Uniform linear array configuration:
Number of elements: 48
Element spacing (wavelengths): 0.5
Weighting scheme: uniform
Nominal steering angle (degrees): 15
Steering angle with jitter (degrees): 14.367
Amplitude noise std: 0.05
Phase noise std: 0.05

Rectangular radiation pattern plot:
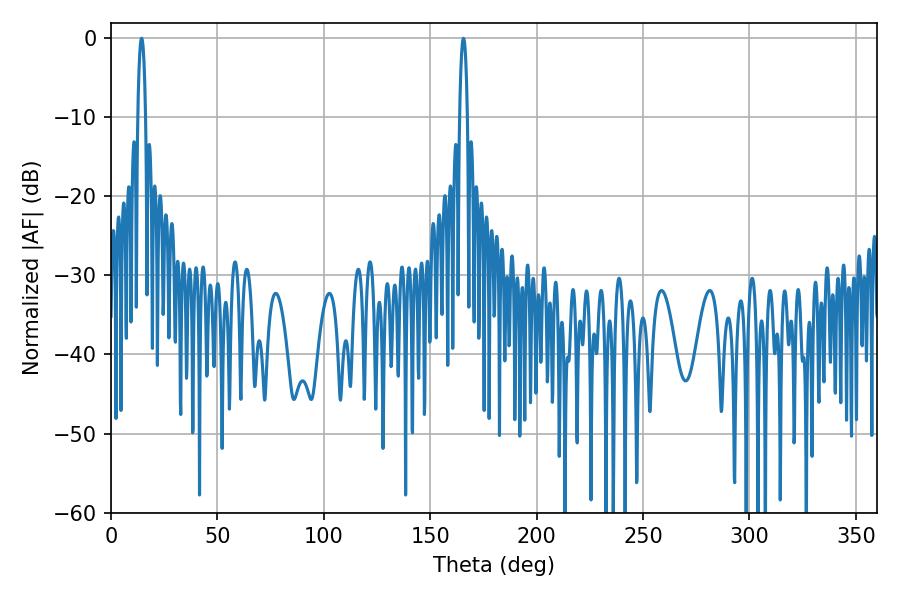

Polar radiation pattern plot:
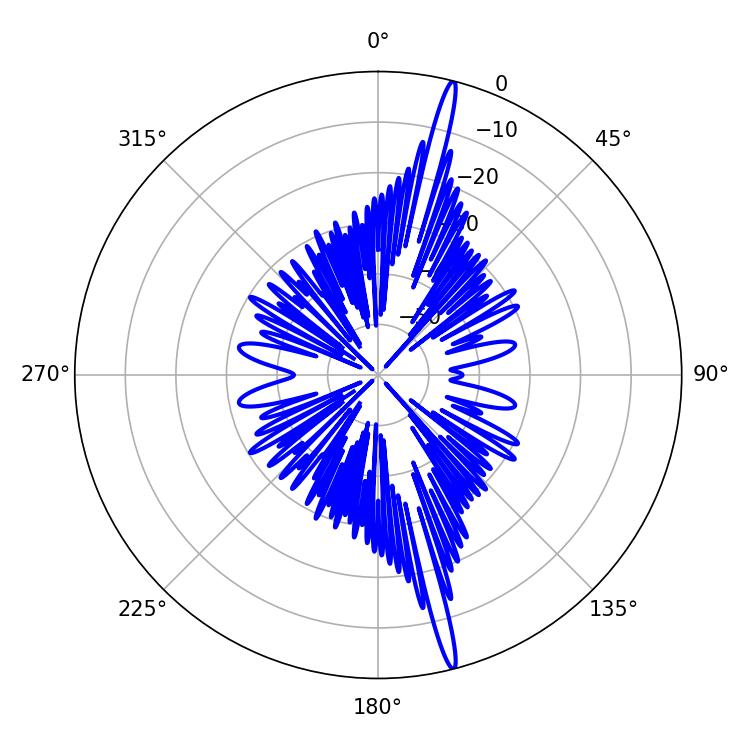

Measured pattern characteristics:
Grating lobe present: FALSE
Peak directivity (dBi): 19.73
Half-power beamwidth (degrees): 2.16
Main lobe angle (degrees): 14.4